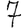
Digit: 7